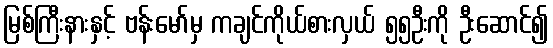
မြစ်ကြီးနားနှင့် ဗန်းမော်မှ ကချင်ကိုယ်စားလှယ် ၅၅ဦးကို ဦးဆောင်၍